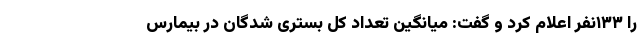
را ۱۳۳نفر اعلام کرد و گفت: میانگین تعداد کل بستری شدگان در بیمارس